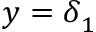
{ y = \delta } _ { 1 }